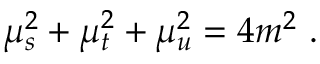
\mu _ { s } ^ { 2 } + \mu _ { t } ^ { 2 } + \mu _ { u } ^ { 2 } = 4 m ^ { 2 } \ .